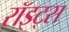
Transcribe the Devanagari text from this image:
रॉइट्स